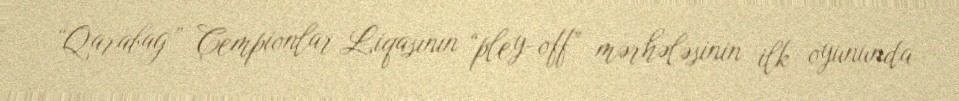
“Qarabağ” Çempionlar Liqasının “pley-off” mərhələsinin ilk oyununda